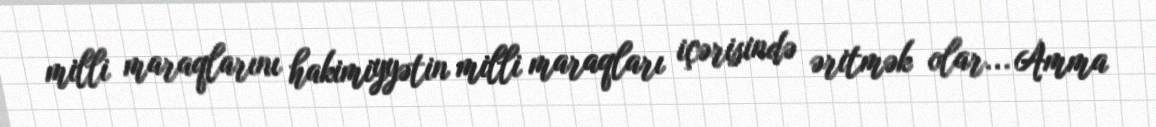
milli maraqlarını hakimiyyətin milli maraqları içərisində əritmək olar... Amma